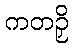
ကတဉှိ